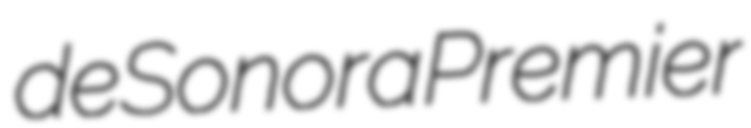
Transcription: de Sonora Premier